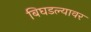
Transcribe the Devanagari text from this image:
बिघडल्यावर